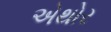
એથોર